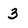
Character: 3